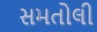
સમતોલી